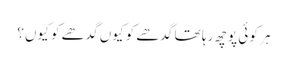
ہر کو ئی پوچھ رہا تھا گدھے کو کیوں گدھے کو کیوں؟